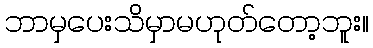
ဘာမှပေးသိမှာမဟုတ်တော့ဘူး။